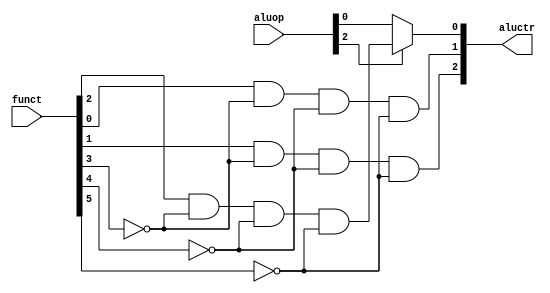
`timescale 1ns / 1ps
//////////////////////////////////////////////////////////////////////////////////
// Company: 
// Engineer: 
// 
// Design Name: 
// Module Name:    ALU_Control 
// Project Name: 
// Target Devices: 
// Tool versions: 
// Description: 
//
// Dependencies: 
//
// Revision: 
// Revision 0.01 - File Created
// Additional Comments: 
//
//////////////////////////////////////////////////////////////////////////////////
module ALU_Control(funct, aluop, aluctr
    );
	 
	 input [5:0] funct;
	 input [2:0] aluop;
	 output reg [2:0] aluctr;
	 
	 always @(funct, aluop, aluctr)
	 begin
	 
	 if(aluop[2] == 0)
		aluctr = aluop;
		
	 else
		aluctr[0] = funct[2] & (~funct[3]) & (~funct[4]) & (~funct[5]);
		aluctr[1] = funct[0] & (~funct[3]) & (~funct[4]) & (~funct[5]);
		aluctr[2] = funct[1] & (~funct[3]) & (~funct[4]) & (~funct[5]);
		
	 end
	 


endmodule